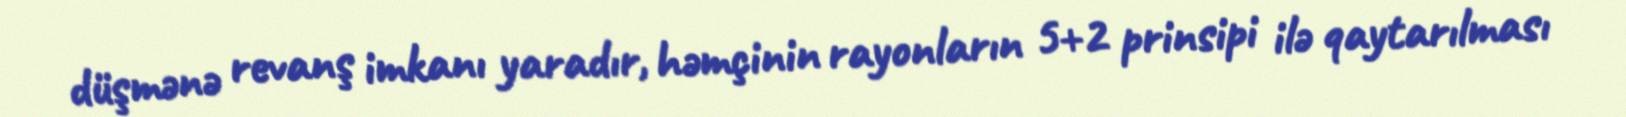
düşmənə revanş imkanı yaradır, həmçinin rayonların 5+2 prinsipi ilə qaytarılması